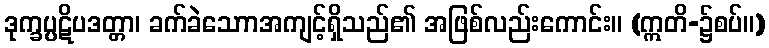
ဒုက္ခပ္ပဋိပဒတ္တာ၊ ခက်ခဲသောာအကျင့်ရှိသည်၏ အဖြစ်လည်းကောင်း။ (ဣတိ-၌စပ်။)